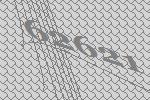
62621